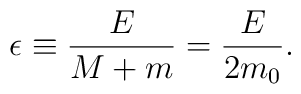
\epsilon \equiv {E \over M + m} = {E \over 2m_0}.